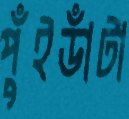
পুঁইডাঁটা